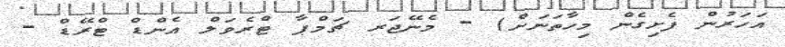
އަހަރުން ފެށިގެން މިހާތަނަށް) - މެނޭޖަރ ޗަމްޕާ ޓްރެވަލް އެންޑް ޓްރޭޑް -